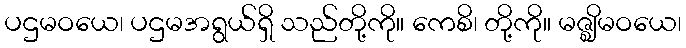
ပဌမဝယေ၊ ပဌမအရွယ်ရှိ သည်တို့ကို။ ကေစိ၊ တို့ကို။ မဇ္ဈိမဝယေ၊